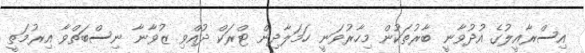
އިސްރާއީލުގެ އުދުވާނީ ބާރުތަކުން މިހާރުވަނީ ހަމަލާދިން ޓްރަކް ދުއްވި ޒުވާނާ ނިސްބަތްވާ އިރުމަތީ